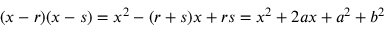
( x - r ) ( x - s ) = x ^ { 2 } - ( r + s ) x + r s = x ^ { 2 } + 2 a x + a ^ { 2 } + b ^ { 2 }